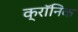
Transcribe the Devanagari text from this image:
क्राॅनिक